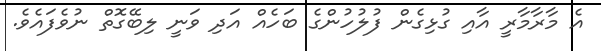
އެ މާރާމާރީ އާއި ގުޅިގެން ފުލުހުންގެ ބަހެއް އަދި ވަނީ ލިބޭގޮތް ނުވެފައެވެ.